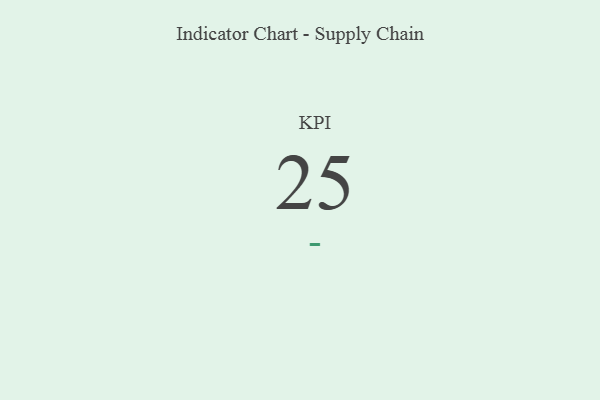
{"axis": {"x": "KPI", "y": "Value"}, "legend": [""], "data": [{"x": "KPI", "y": 25, "type": ""}]}